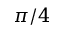
\pi / 4